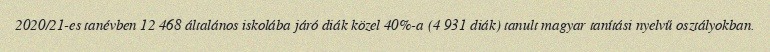
2020/21-es tanévben 12 468 általános iskolába járó diák közel 40%-a (4 931 diák) tanult magyar tanítási nyelvű osztályokban.